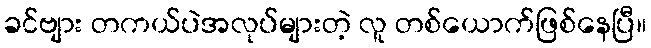
ခင်ဗျား တကယ်ပဲအလုပ်များတဲ့ လူ တစ်ယောက်ဖြစ်နေပြီ။